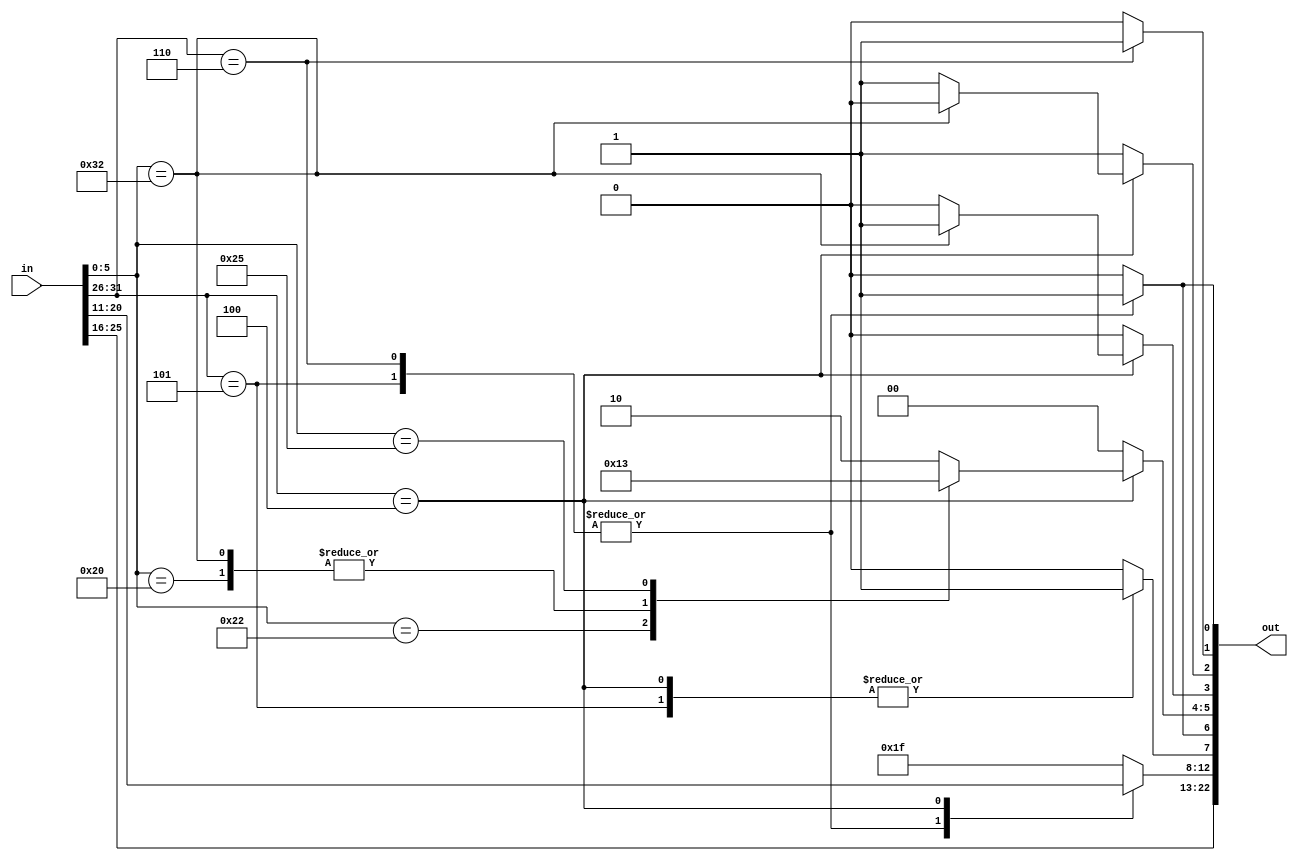
module control(
	input [31:0] in,
	output [22:0] out
);	
	reg [5:0] operationeration_code, operation;
	reg [4:0] rs, rt, rd;
	
	reg [1:0] ALU_select;
	reg mul_Start;
	reg mux1_ALU;
	reg mux2_ALU;
	reg WR_mem;
	reg WB_mux_sel;
	reg WR_regfile;
	
	assign out = {rs, rt, rd, WR_regfile, mux1_ALU, ALU_select, mul_Start,  mux2_ALU, WR_mem, WB_mux_sel};

	always @ (in) 
	begin
		operationeration_code = in[31:26];
		operation = in[5:0];
		rs = in[25:21];
		rt = in[20:16];
		case(operationeration_code)
			5'h05: 					
			begin
				ALU_select = 2'b00;   
				rd = rt;           	
				WR_regfile = 1;				 
				WR_mem = 0;   		 			
				mux1_ALU = 1;		 	
				mux2_ALU = 1;		 	
				mul_Start = 0; 		 	
				WB_mux_sel = 1;		
			end
			
			5'h06: 				 	
			begin
				ALU_select = 2'b00;	
				rd = rt;       	
				WR_regfile = 0;			
				WR_mem = 1;			
				mux1_ALU = 1;		
				mux2_ALU = 1;		
				mul_Start = 0;			
				WB_mux_sel = 1;	
			end
			
			5'h04: 					
			begin  
				rd = in[15:11]; 	
				WR_regfile = 1; 			
				mux1_ALU = 0;     
				mul_Start = 0;			
				WB_mux_sel = 0;	
				WR_mem = 0;			
				
				case(operation)
					6'h20:  			
					begin 
						ALU_select = 2'b00; //Soma
						mux2_ALU = 1;   	
					end
					
					6'h22: 			
					begin
						ALU_select = 2'b01; //Subtrao	
						mux2_ALU = 1;		
					end
					
					6'h32: 			
					begin
						ALU_select = 2'b0; //Soma
						mul_Start = 1;		 //Seleciona multiplicador como sada	
						mux2_ALU = 0;  //No seleciona a sada da ALU
					end
					
					6'h24:
					begin
						ALU_select = 2'b10; //And	
						mux2_ALU = 1; 		//Seleciona sada ALU
					end
					
					6'h25:
					begin
						ALU_select = 2'b11;	//Or
						mux2_ALU = 1; 		//Seleciona sada ALU
					end
					
					default:
					begin
						ALU_select = 2'b10; //And
						mux2_ALU = 1; //Seleciona sada ALU
					end
					
				endcase
			end
			
			default: 
			begin
				rd = 5'h1F;
				WR_regfile = 0;
				mux1_ALU = 0;
				ALU_select = 0;
				mul_Start = 0;
				mux2_ALU = 1;
				WR_mem = 0;
				WB_mux_sel = 0;				
			end
			
		endcase
	end

endmodule